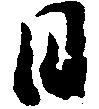
日